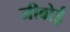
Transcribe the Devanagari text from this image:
जीबोई